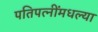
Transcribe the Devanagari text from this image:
पतिपत्‍नींमधल्या